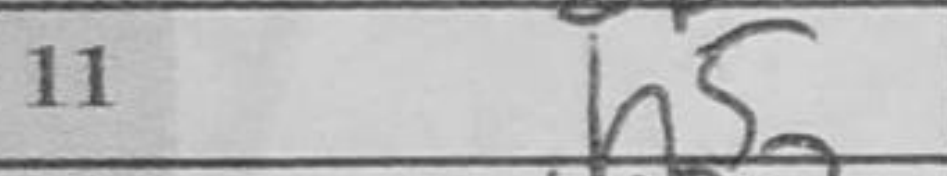
Transcription: h5